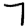
Digit: 7